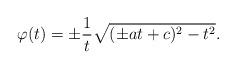
LaTeX: \begin{align*} \varphi(t) = \pm \frac{1}{t} \sqrt{(\pm a t+ c)^2 -t^2}.\end{align*}